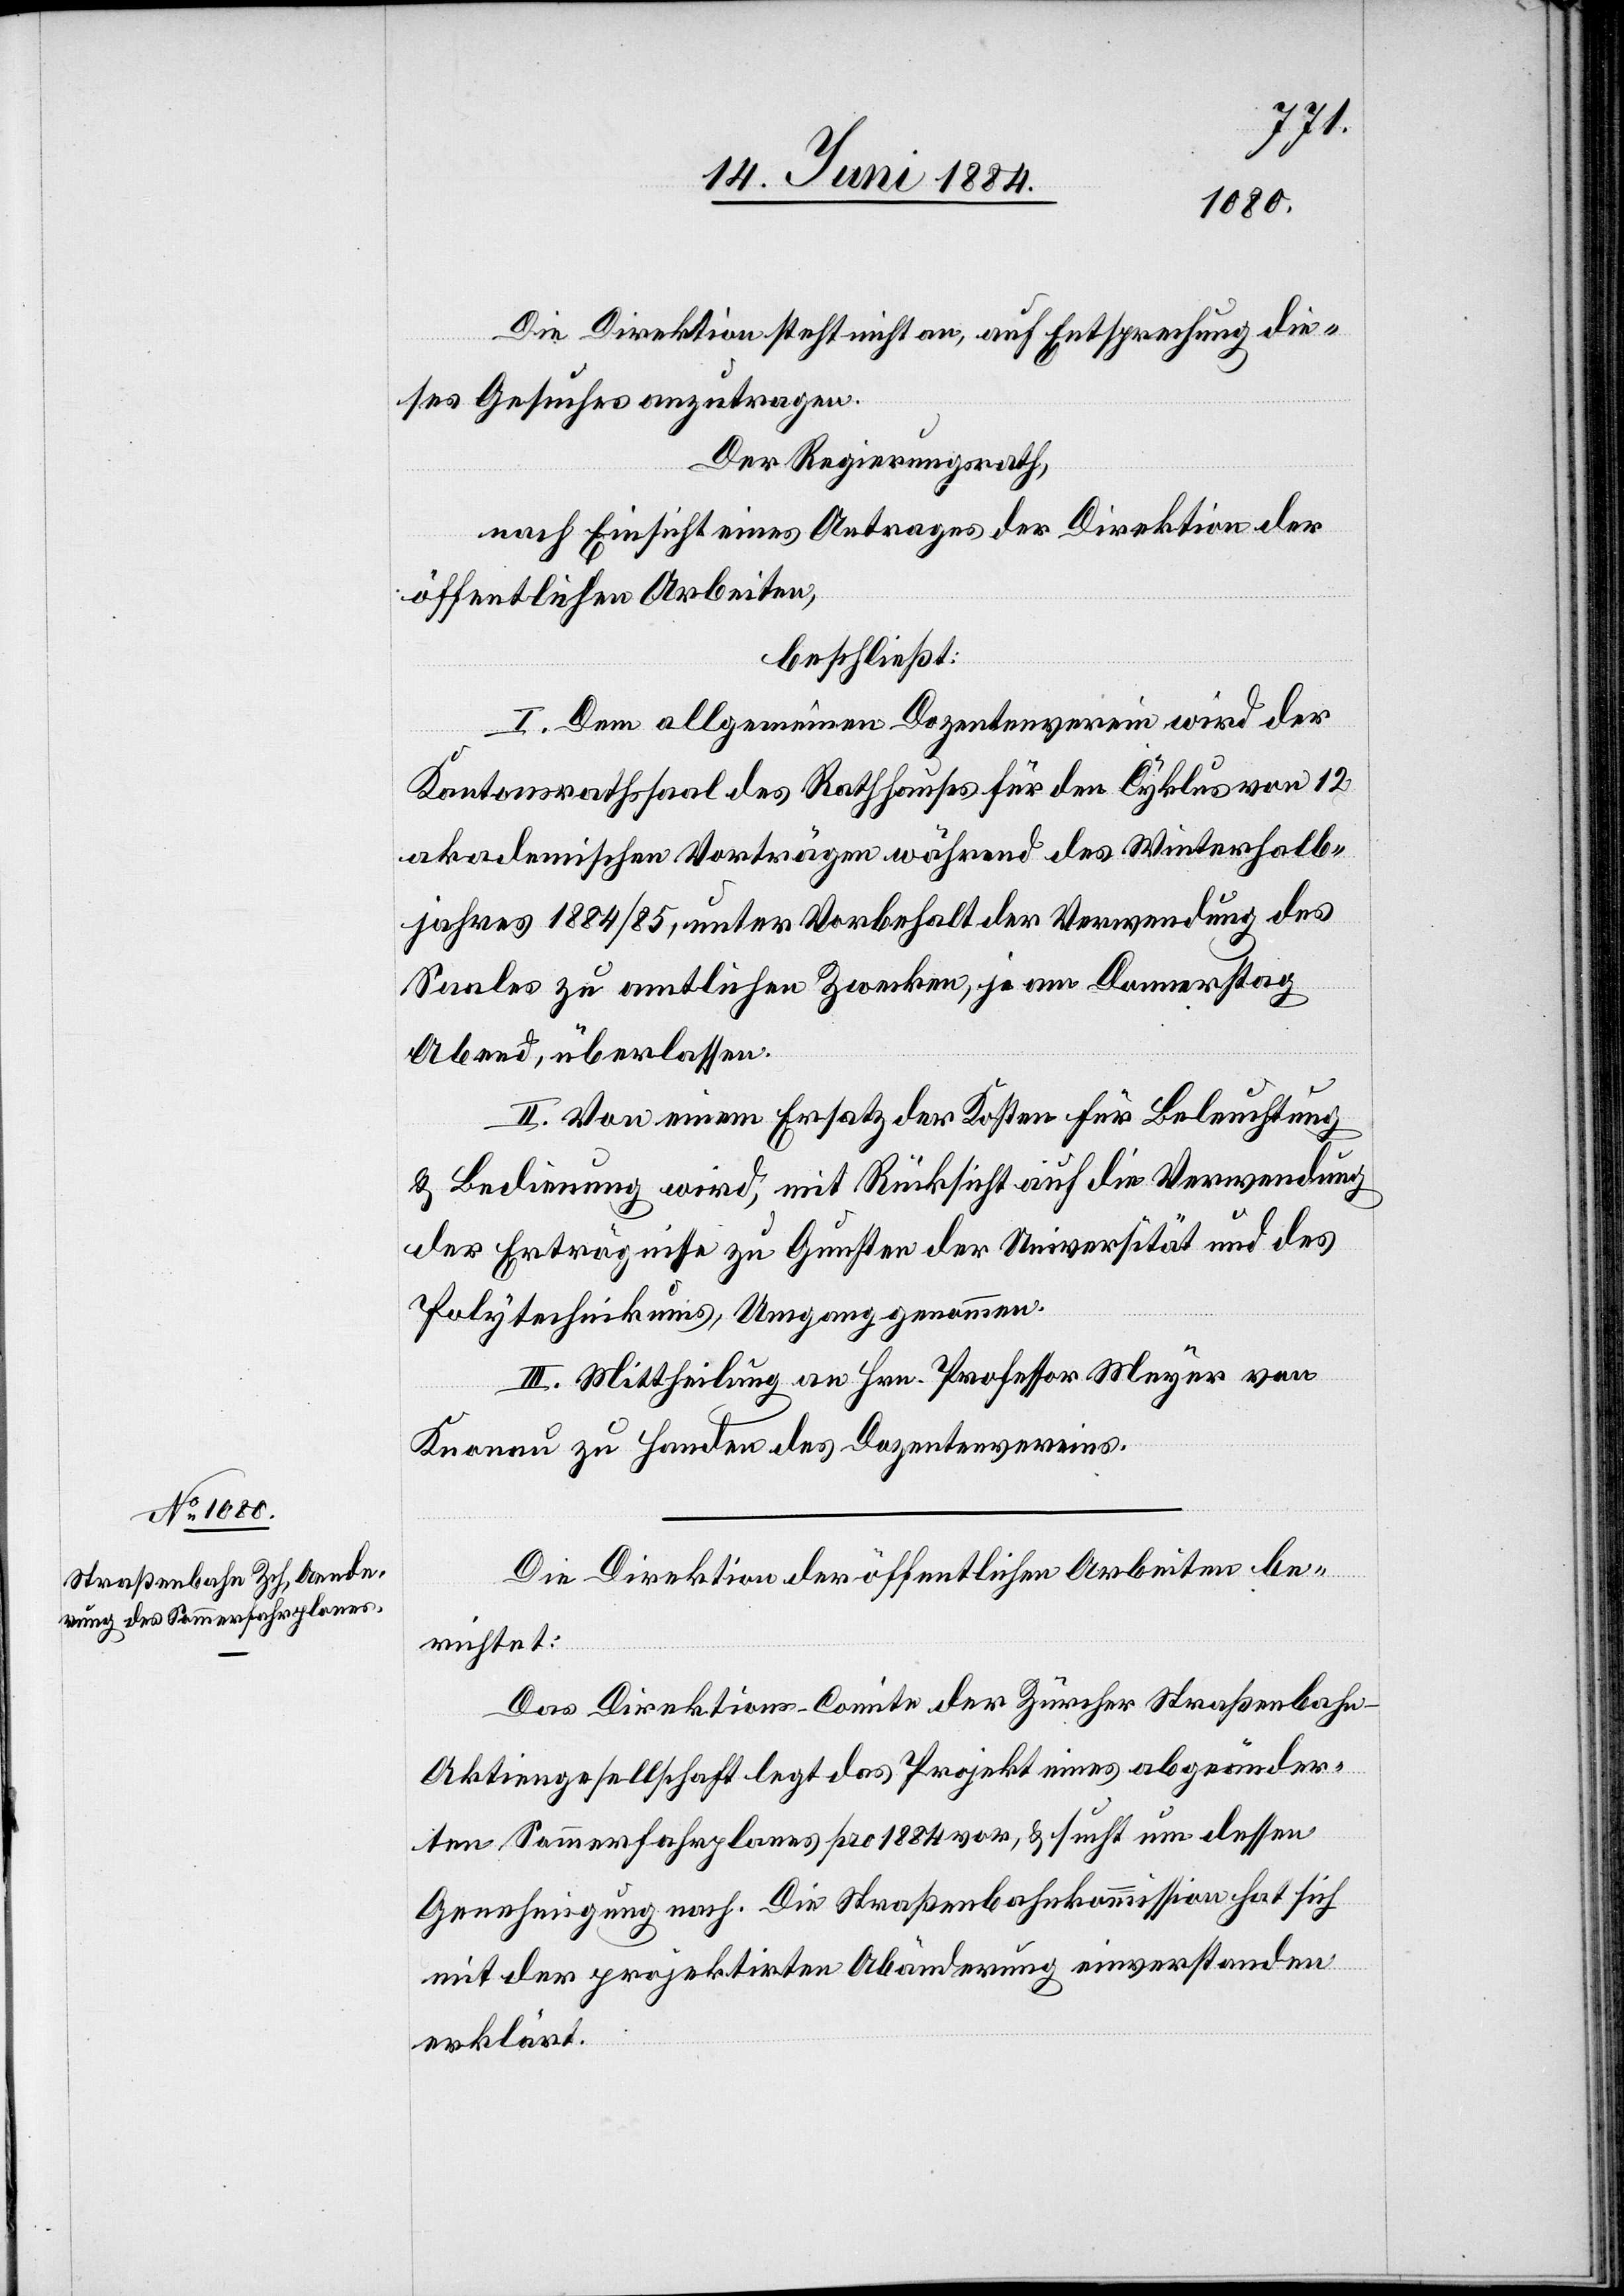
Die Direktion steht nicht an, auf Entsprechung die¬
ses Gesuches anzutragen.
Der Regierungsrath,
nach Einsicht eins Antrages der Direktion der
öffentlichen Arbeiten,
beschließt:
I. Dem allgemeinen Dozentenverein wird der
Kantonsrathssaal des Rathhauses für den Cyklus von 12
akademischen Vorträgen während des Winterhalb¬
jahres 1884/85, unter Vorbehalt der Verwendung des
Saales zu amtlichen Zwecken, je am Donnerstag
Abend, überlassen.
II. Von einem Ersatz der Kosten für Beleuchtung
& Bedienung wird, mit Rücksicht auf die Verwendung
der Erträgnisse zu Gunsten der Universität und des
Polytechnikums, Umgang genommen.
III. Mittheilung an Hrn. Professor Meyer von
Knonau zu Handen des Dozentenvereins.
Die Direktion der öffentlichen Arbeiten be¬
richtet:
Das Direktions-Comite der Zürcher Straßenbah¬
n-Aktiengesellschaft legt das Projekt eines abgeänder¬
ten Sommerfahrplanes pro 1884 vor, & sucht um dessen
Genehmigung nach. Die Straßenbahnkommission hat sich
mit der projektirten Abänderung einverstanden
erklärt.